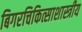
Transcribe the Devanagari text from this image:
बिगरचिकित्साशास्त्रीय